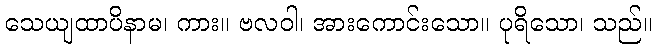
သေယျထာပိနာမ၊ ကား။ ဗလဝါ၊ အားကောင်းသော။ ပုရိသော၊ သည်။